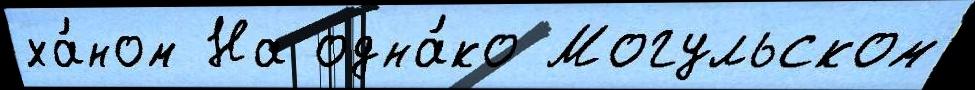
ха́ном На одна́ко Могульском